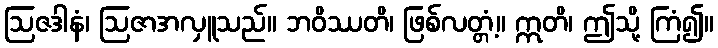
ဩဇဒါနံ၊ ဩဇာအလှူသည်။ ဘဝိဿတိ၊ ဖြစ်လတ္တံ့။ ဣတိ၊ ဤသို့ ကြံ၍။